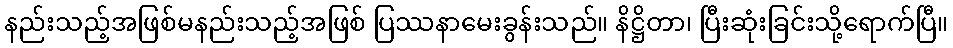
နည်းသည့်အဖြစ်မနည်းသည့်အဖြစ် ပြဿနာမေးခွန်းသည်။ နိဋ္ဌိတာ၊ ပြီးဆုံးခြင်းသို့ရောက်ပြီ။